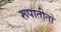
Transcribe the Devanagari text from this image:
रूपातीतो